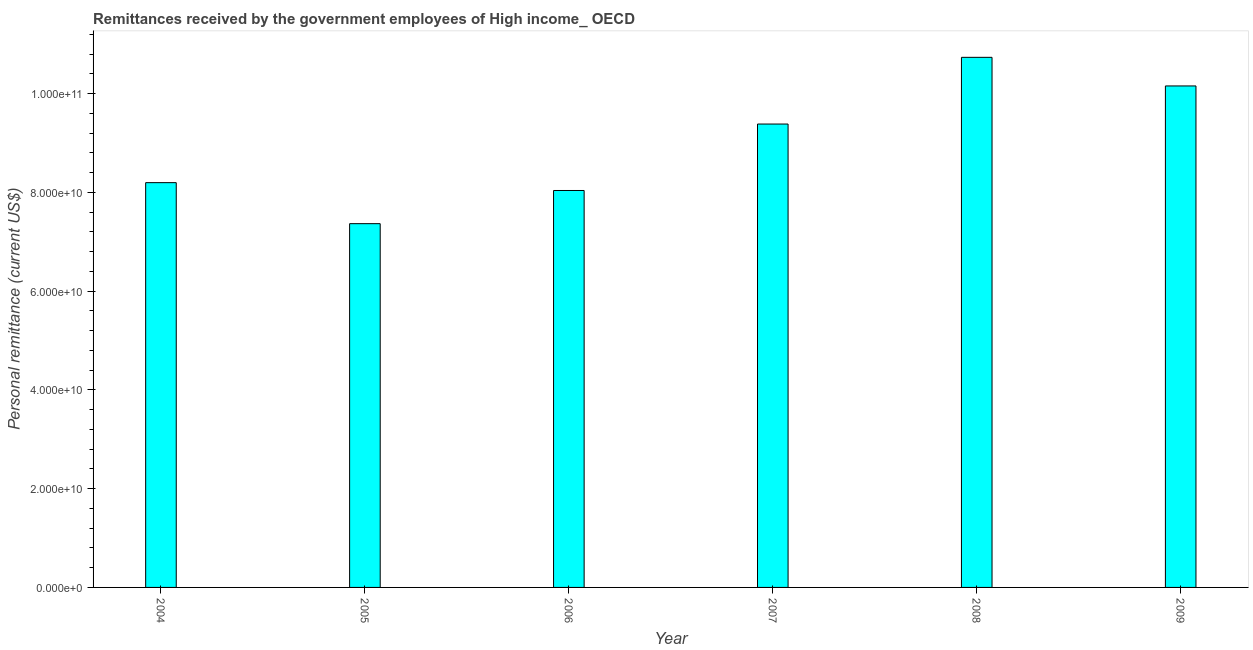
| Year | Personal remittances |
 | --- | --- |
 | 2004 | 8.2e+10 |
 | 2005 | 7.37e+10 |
 | 2006 | 8.04e+10 |
 | 2007 | 9.38e+10 |
 | 2008 | 1.07e+11 |
 | 2009 | 1.02e+11 |